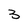
Character: 3